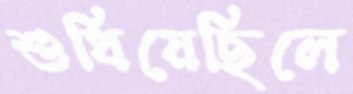
শুধিয়েছিলে